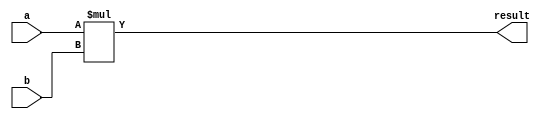
module multiplier(
    input [3:0] a,
    input [3:0] b,
    output reg [7:0] result
);

always @(a or b)
begin
    result = a * b;
end

endmodule